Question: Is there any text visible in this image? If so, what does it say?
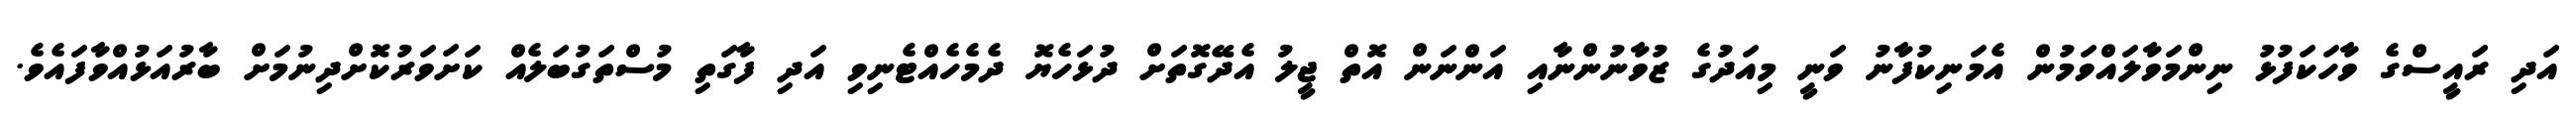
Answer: އަދި ރައީސްގެ ވާހަކަފުޅު ނިންމަވާލައްވަމުން އެމަނިކުފާނު ވަނީ މިއަދުގެ ޒުވާނުންނާއި އަންނަން އޮތް ޖީލު އެދޭގޮތަށް ދުޅަހެޔޮ ދެމެހެއްޓެނިވި އަދި ފާގަތި މުސްތަގުބަލެއް ކަށަވަރުކޮށްދިނުމަށް ބާރުއަޅުއްވާފައެވެ.